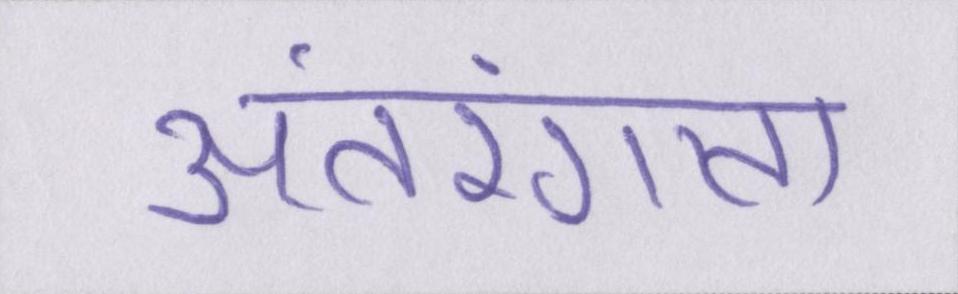
अंतरंगता